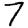
Digit: 7